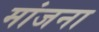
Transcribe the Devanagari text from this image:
मांजना